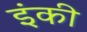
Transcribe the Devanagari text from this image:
इंकी